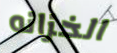
الخزانه